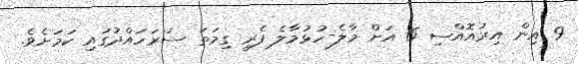
9 އިން އިރުއޮއްސި 6 އަށް މާލެ-ހުޅުމާލެ ފެރީ ގިމަތަ ސަރަހައްދުގައި ކަމަށެވެ.